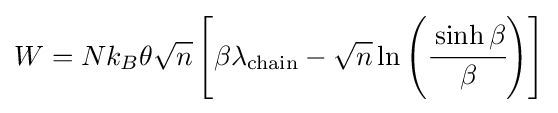
W=Nk_{B}\theta {\sqrt {n}}\left[\beta \lambda _{\text{chain}}-{\sqrt {n}}\ln \left({\cfrac {\sinh \beta }{\beta }}\right)\right]